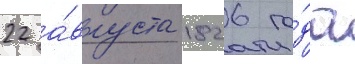
22 а́вгуста 1826 го́да